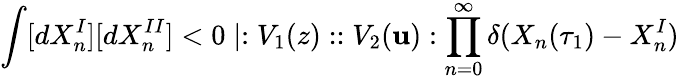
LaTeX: \int[dX_{n}^{I}][dX_{n}^{II}]<0\mid:V_{1}(z)::V_{2}(\mathbf{u}):\prod_{n=0}^{\infty}\delta(X_{n}(\tau_{1})-X_{n}^{I})